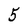
Character: 5